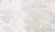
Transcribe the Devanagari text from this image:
वागणुकीबाबत